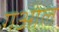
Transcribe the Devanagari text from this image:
गओल